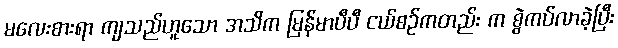
မလေးစားရာ ကျသည်ဟူသော အသိက မြန်မာပီပီ ငယ်စဉ်ကတည်း က စွဲကပ်လာခဲ့ပြီး